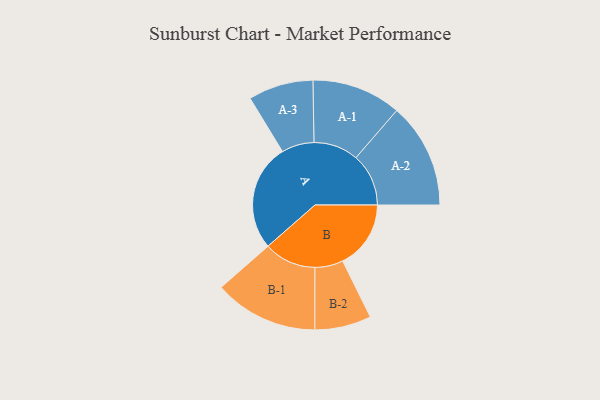
{"axis": {"x": "Segment", "y": "Value"}, "legend": ["", "A", "B"], "data": [{"x": "A", "y": 447, "type": ""}, {"x": "B", "y": 285, "type": ""}, {"x": "A-1", "y": 187, "type": "A"}, {"x": "A-2", "y": 220, "type": "A"}, {"x": "A-3", "y": 136, "type": "A"}, {"x": "B-1", "y": 218, "type": "B"}, {"x": "B-2", "y": 118, "type": "B"}]}